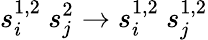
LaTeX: s_{i}^{1,2}\ s_{j}^{2}\to s_{i}^{1,2}\ s_{j}^{1,2}